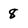
Character: 8